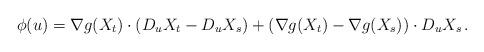
LaTeX: \begin{align*} \phi(u) = \nabla g(X_t) \cdot (D_uX_t - D_u X_s) + (\nabla g(X_t) - \nabla g(X_s)) \cdot D_u X_s \,. \end{align*}